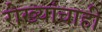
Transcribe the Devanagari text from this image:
रोख्यांचाही